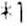
*1